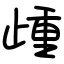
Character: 歱